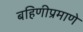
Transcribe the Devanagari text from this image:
बहिणीप्रमाणे